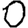
Digit: 0